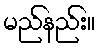
မည်နည်း။